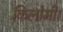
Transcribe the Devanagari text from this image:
किलोमी।